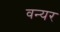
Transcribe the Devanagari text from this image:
वन्यर